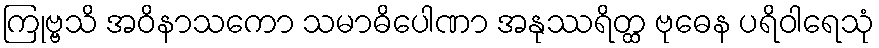
ကြုဗ္ဗသိ အဝိနာသကော သမာဓိပေါဏာ အနုဿရိတ္ထ ဗုဓေန ပရိဝါရေသုံ